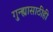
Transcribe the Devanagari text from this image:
गुन्ह्यासाठीही